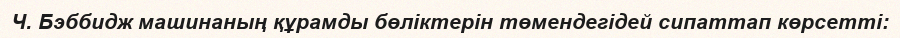
Ч. Бэббидж машинаның құрамды бөліктерін төмендегідей сипаттап көрсетті: